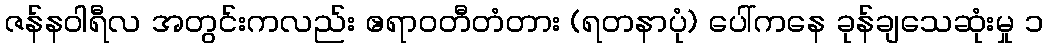
ဇန်နဝါရီလ အတွင်းကလည်း ဧရာဝတီတံတား (ရတနာပုံ) ပေါ်ကနေ ခုန်ချသေဆုံးမှု ၁